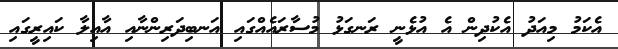
އެކަމު މިއަދު އެކުދިން އެ އުޅެނީ ރަނގަޅު މުސާރައެއްގައި އަނބިދަރިންނާއި އާއިލާ ކައިރީގައި